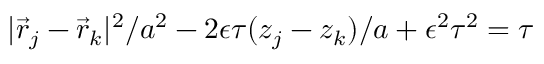
| \vec { r } _ { j } - \vec { r } _ { k } | ^ { 2 } / a ^ { 2 } - 2 \epsilon \tau ( z _ { j } - z _ { k } ) / a + \epsilon ^ { 2 } \tau ^ { 2 } = \tau